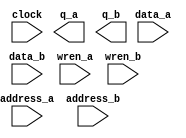
// megafunction wizard: %RAM: 2-PORT%VBB%
// GENERATION: STANDARD
// VERSION: WM1.0
// MODULE: altsyncram 

// ============================================================
// Megafunction Name(s):
// 			altsyncram
//
// Simulation Library Files(s):
// 			altera_mf
// ============================================================
// ************************************************************
// THIS IS A WIZARD-GENERATED FILE. DO NOT EDIT THIS FILE!
//
// 11.0 Build 157 04/27/2011 SJ Full Version
// ************************************************************

//Copyright (C) 1991-2011 Altera Corporation
//Your use of Altera Corporation's design tools, logic functions 
//and other software and tools, and its AMPP partner logic 
//functions, and any output files from any of the foregoing 
//(including device programming or simulation files), and any 
//associated documentation or information are expressly subject 
//to the terms and conditions of the Altera Program License 
//Subscription Agreement, Altera MegaCore Function License 
//Agreement, or other applicable license agreement, including, 
//without limitation, that your use is for the sole purpose of 
//programming logic devices manufactured by Altera and sold by 
//Altera or its authorized distributors.  Please refer to the 
//applicable agreement for further details.

module vga_buffer (
	address_a,
	address_b,
	clock,
	data_a,
	data_b,
	wren_a,
	wren_b,
	q_a,
	q_b);

	input	[12:0]  address_a;
	input	[12:0]  address_b;
	input	  clock;
	input	[17:0]  data_a;
	input	[17:0]  data_b;
	input	  wren_a;
	input	  wren_b;
	output	[17:0]  q_a;
	output	[17:0]  q_b;
`ifndef ALTERA_RESERVED_QIS
// synopsys translate_off
`endif
	tri1	  clock;
	tri0	  wren_a;
	tri0	  wren_b;
`ifndef ALTERA_RESERVED_QIS
// synopsys translate_on
`endif

endmodule

// ============================================================
// CNX file retrieval info
// ============================================================
// Retrieval info: PRIVATE: ADDRESSSTALL_A NUMERIC "0"
// Retrieval info: PRIVATE: ADDRESSSTALL_B NUMERIC "0"
// Retrieval info: PRIVATE: BYTEENA_ACLR_A NUMERIC "0"
// Retrieval info: PRIVATE: BYTEENA_ACLR_B NUMERIC "0"
// Retrieval info: PRIVATE: BYTE_ENABLE_A NUMERIC "0"
// Retrieval info: PRIVATE: BYTE_ENABLE_B NUMERIC "0"
// Retrieval info: PRIVATE: BYTE_SIZE NUMERIC "9"
// Retrieval info: PRIVATE: BlankMemory NUMERIC "0"
// Retrieval info: PRIVATE: CLOCK_ENABLE_INPUT_A NUMERIC "0"
// Retrieval info: PRIVATE: CLOCK_ENABLE_INPUT_B NUMERIC "0"
// Retrieval info: PRIVATE: CLOCK_ENABLE_OUTPUT_A NUMERIC "0"
// Retrieval info: PRIVATE: CLOCK_ENABLE_OUTPUT_B NUMERIC "0"
// Retrieval info: PRIVATE: CLRdata NUMERIC "0"
// Retrieval info: PRIVATE: CLRq NUMERIC "0"
// Retrieval info: PRIVATE: CLRrdaddress NUMERIC "0"
// Retrieval info: PRIVATE: CLRrren NUMERIC "0"
// Retrieval info: PRIVATE: CLRwraddress NUMERIC "0"
// Retrieval info: PRIVATE: CLRwren NUMERIC "0"
// Retrieval info: PRIVATE: Clock NUMERIC "0"
// Retrieval info: PRIVATE: Clock_A NUMERIC "0"
// Retrieval info: PRIVATE: Clock_B NUMERIC "0"
// Retrieval info: PRIVATE: ECC NUMERIC "0"
// Retrieval info: PRIVATE: ECC_PIPELINE_STAGE NUMERIC "0"
// Retrieval info: PRIVATE: IMPLEMENT_IN_LES NUMERIC "0"
// Retrieval info: PRIVATE: INDATA_ACLR_B NUMERIC "0"
// Retrieval info: PRIVATE: INDATA_REG_B NUMERIC "1"
// Retrieval info: PRIVATE: INIT_FILE_LAYOUT STRING "PORT_A"
// Retrieval info: PRIVATE: INIT_TO_SIM_X NUMERIC "0"
// Retrieval info: PRIVATE: INTENDED_DEVICE_FAMILY STRING "Cyclone II"
// Retrieval info: PRIVATE: JTAG_ENABLED NUMERIC "0"
// Retrieval info: PRIVATE: JTAG_ID STRING "NONE"
// Retrieval info: PRIVATE: MAXIMUM_DEPTH NUMERIC "0"
// Retrieval info: PRIVATE: MEMSIZE NUMERIC "115200"
// Retrieval info: PRIVATE: MEM_IN_BITS NUMERIC "1"
// Retrieval info: PRIVATE: MIFfilename STRING "newtest.mif"
// Retrieval info: PRIVATE: OPERATION_MODE NUMERIC "3"
// Retrieval info: PRIVATE: OUTDATA_ACLR_B NUMERIC "0"
// Retrieval info: PRIVATE: OUTDATA_REG_B NUMERIC "0"
// Retrieval info: PRIVATE: RAM_BLOCK_TYPE NUMERIC "2"
// Retrieval info: PRIVATE: READ_DURING_WRITE_MODE_MIXED_PORTS NUMERIC "2"
// Retrieval info: PRIVATE: READ_DURING_WRITE_MODE_PORT_A NUMERIC "3"
// Retrieval info: PRIVATE: READ_DURING_WRITE_MODE_PORT_B NUMERIC "3"
// Retrieval info: PRIVATE: REGdata NUMERIC "1"
// Retrieval info: PRIVATE: REGq NUMERIC "0"
// Retrieval info: PRIVATE: REGrdaddress NUMERIC "0"
// Retrieval info: PRIVATE: REGrren NUMERIC "0"
// Retrieval info: PRIVATE: REGwraddress NUMERIC "1"
// Retrieval info: PRIVATE: REGwren NUMERIC "1"
// Retrieval info: PRIVATE: SYNTH_WRAPPER_GEN_POSTFIX STRING "0"
// Retrieval info: PRIVATE: USE_DIFF_CLKEN NUMERIC "0"
// Retrieval info: PRIVATE: UseDPRAM NUMERIC "1"
// Retrieval info: PRIVATE: VarWidth NUMERIC "0"
// Retrieval info: PRIVATE: WIDTH_READ_A NUMERIC "18"
// Retrieval info: PRIVATE: WIDTH_READ_B NUMERIC "18"
// Retrieval info: PRIVATE: WIDTH_WRITE_A NUMERIC "18"
// Retrieval info: PRIVATE: WIDTH_WRITE_B NUMERIC "18"
// Retrieval info: PRIVATE: WRADDR_ACLR_B NUMERIC "0"
// Retrieval info: PRIVATE: WRADDR_REG_B NUMERIC "1"
// Retrieval info: PRIVATE: WRCTRL_ACLR_B NUMERIC "0"
// Retrieval info: PRIVATE: enable NUMERIC "0"
// Retrieval info: PRIVATE: rden NUMERIC "0"
// Retrieval info: LIBRARY: altera_mf altera_mf.altera_mf_components.all
// Retrieval info: CONSTANT: ADDRESS_REG_B STRING "CLOCK0"
// Retrieval info: CONSTANT: CLOCK_ENABLE_INPUT_A STRING "BYPASS"
// Retrieval info: CONSTANT: CLOCK_ENABLE_INPUT_B STRING "BYPASS"
// Retrieval info: CONSTANT: CLOCK_ENABLE_OUTPUT_A STRING "BYPASS"
// Retrieval info: CONSTANT: CLOCK_ENABLE_OUTPUT_B STRING "BYPASS"
// Retrieval info: CONSTANT: INDATA_REG_B STRING "CLOCK0"
// Retrieval info: CONSTANT: INIT_FILE STRING "newtest.mif"
// Retrieval info: CONSTANT: INTENDED_DEVICE_FAMILY STRING "Cyclone II"
// Retrieval info: CONSTANT: LPM_TYPE STRING "altsyncram"
// Retrieval info: CONSTANT: NUMWORDS_A NUMERIC "6400"
// Retrieval info: CONSTANT: NUMWORDS_B NUMERIC "6400"
// Retrieval info: CONSTANT: OPERATION_MODE STRING "BIDIR_DUAL_PORT"
// Retrieval info: CONSTANT: OUTDATA_ACLR_A STRING "NONE"
// Retrieval info: CONSTANT: OUTDATA_ACLR_B STRING "NONE"
// Retrieval info: CONSTANT: OUTDATA_REG_A STRING "UNREGISTERED"
// Retrieval info: CONSTANT: OUTDATA_REG_B STRING "UNREGISTERED"
// Retrieval info: CONSTANT: POWER_UP_UNINITIALIZED STRING "FALSE"
// Retrieval info: CONSTANT: RAM_BLOCK_TYPE STRING "M4K"
// Retrieval info: CONSTANT: READ_DURING_WRITE_MODE_MIXED_PORTS STRING "DONT_CARE"
// Retrieval info: CONSTANT: WIDTHAD_A NUMERIC "13"
// Retrieval info: CONSTANT: WIDTHAD_B NUMERIC "13"
// Retrieval info: CONSTANT: WIDTH_A NUMERIC "18"
// Retrieval info: CONSTANT: WIDTH_B NUMERIC "18"
// Retrieval info: CONSTANT: WIDTH_BYTEENA_A NUMERIC "1"
// Retrieval info: CONSTANT: WIDTH_BYTEENA_B NUMERIC "1"
// Retrieval info: CONSTANT: WRCONTROL_WRADDRESS_REG_B STRING "CLOCK0"
// Retrieval info: USED_PORT: address_a 0 0 13 0 INPUT NODEFVAL "address_a[12..0]"
// Retrieval info: USED_PORT: address_b 0 0 13 0 INPUT NODEFVAL "address_b[12..0]"
// Retrieval info: USED_PORT: clock 0 0 0 0 INPUT VCC "clock"
// Retrieval info: USED_PORT: data_a 0 0 18 0 INPUT NODEFVAL "data_a[17..0]"
// Retrieval info: USED_PORT: data_b 0 0 18 0 INPUT NODEFVAL "data_b[17..0]"
// Retrieval info: USED_PORT: q_a 0 0 18 0 OUTPUT NODEFVAL "q_a[17..0]"
// Retrieval info: USED_PORT: q_b 0 0 18 0 OUTPUT NODEFVAL "q_b[17..0]"
// Retrieval info: USED_PORT: wren_a 0 0 0 0 INPUT GND "wren_a"
// Retrieval info: USED_PORT: wren_b 0 0 0 0 INPUT GND "wren_b"
// Retrieval info: CONNECT: @address_a 0 0 13 0 address_a 0 0 13 0
// Retrieval info: CONNECT: @address_b 0 0 13 0 address_b 0 0 13 0
// Retrieval info: CONNECT: @clock0 0 0 0 0 clock 0 0 0 0
// Retrieval info: CONNECT: @data_a 0 0 18 0 data_a 0 0 18 0
// Retrieval info: CONNECT: @data_b 0 0 18 0 data_b 0 0 18 0
// Retrieval info: CONNECT: @wren_a 0 0 0 0 wren_a 0 0 0 0
// Retrieval info: CONNECT: @wren_b 0 0 0 0 wren_b 0 0 0 0
// Retrieval info: CONNECT: q_a 0 0 18 0 @q_a 0 0 18 0
// Retrieval info: CONNECT: q_b 0 0 18 0 @q_b 0 0 18 0
// Retrieval info: GEN_FILE: TYPE_NORMAL vga_buffer.v TRUE
// Retrieval info: GEN_FILE: TYPE_NORMAL vga_buffer.inc FALSE
// Retrieval info: GEN_FILE: TYPE_NORMAL vga_buffer.cmp FALSE
// Retrieval info: GEN_FILE: TYPE_NORMAL vga_buffer.bsf FALSE
// Retrieval info: GEN_FILE: TYPE_NORMAL vga_buffer_inst.v FALSE
// Retrieval info: GEN_FILE: TYPE_NORMAL vga_buffer_bb.v TRUE
// Retrieval info: GEN_FILE: TYPE_NORMAL vga_buffer_waveforms.html TRUE
// Retrieval info: GEN_FILE: TYPE_NORMAL vga_buffer_wave*.jpg FALSE
// Retrieval info: LIB_FILE: altera_mf